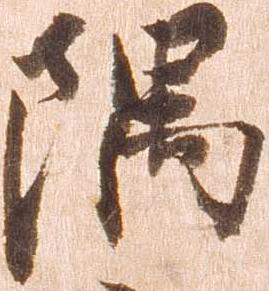
隅